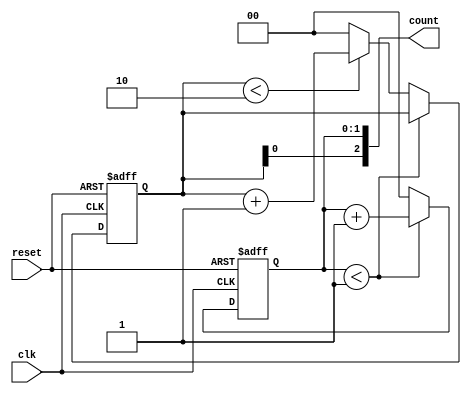
module mixed_radix_counter (
    input wire clk,          // Clock input
    input wire reset,        // Asynchronous reset
    output reg [2:0] count   // Output count (3 digits)
);

    // Radix definitions
    localparam RADIX_1 = 2;  // Base 2
    localparam RADIX_2 = 3;  // Base 3
    localparam RADIX_3 = 4;  // Base 4

    // Internal counter registers for each digit
    reg [1:0] digit1; // 2 bits for base 2
    reg [1:0] digit2; // 2 bits for base 3
    reg [1:1] digit3; // 2 bits for base 4

    always @(posedge clk or posedge reset) begin
        if (reset) begin
            // Reset all digits to zero
            digit1 <= 0;
            digit2 <= 0;
            digit3 <= 0;
        end else begin
            // Increment the least significant digit (digit1)
            if (digit1 < RADIX_1 - 1) begin
                digit1 <= digit1 + 1;
            end else begin
                digit1 <= 0; // Reset digit1
                // Increment the next digit (digit2)
                if (digit2 < RADIX_2 - 1) begin
                    digit2 <= digit2 + 1;
                end else begin
                    digit2 <= 0; // Reset digit2
                    // Increment the most significant digit (digit3)
                    if (digit3 < RADIX_3 - 1) begin
                        digit3 <= digit3 + 1;
                    end else begin
                        digit3 <= 0; // Reset digit3
                    end
                end
            end
        end
    end

    // Combine digits into the output count
    always @(*) begin
        count = {digit3, digit2, digit1}; // Concatenate digits for output
    end

endmodule